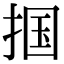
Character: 掴